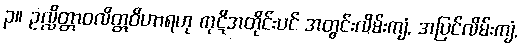
၃။ ဥလ္လိတ္တာဝလိတ္တဝိဟာရဟု ကုဋိအတိုင်းပင် အတွင်းလိမ်းကျံ, အပြင်လိမ်းကျံ,